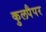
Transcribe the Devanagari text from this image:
कुलपैपर